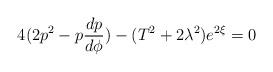
LaTeX: \begin{align*}4(2p^2 -p\frac{dp}{d\phi} )-(T^2+2\lambda^2) e^{2\xi}=0\end{align*}